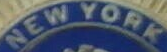
NEW YORK